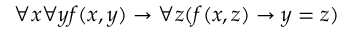
\forall x \forall y f ( x , y ) \rightarrow \forall z ( f ( x , z ) \rightarrow y = z )